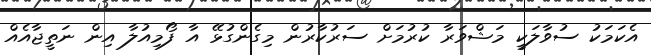
އެކަމަކު ސުވާލަކީ މަޝްވަރާ ކުރުމަށް ސަރުކާރުން މިގެންގުޅޭ އާ ފޯމިއުލާ އިން ނަތީޖާއެއް